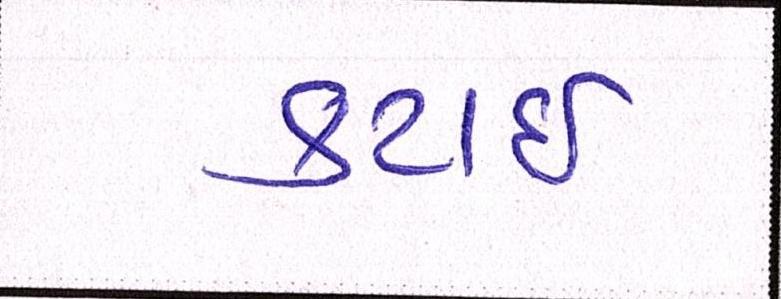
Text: કટાઈ